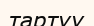
тартуу